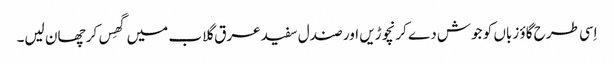
اِسی طرح گاؤ زباں کو جوش دے کر نچوڑیں اور صندل سفید عرق گلاب میں گھِس کر چھان لیں۔